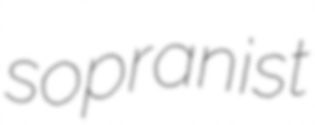
sopranist